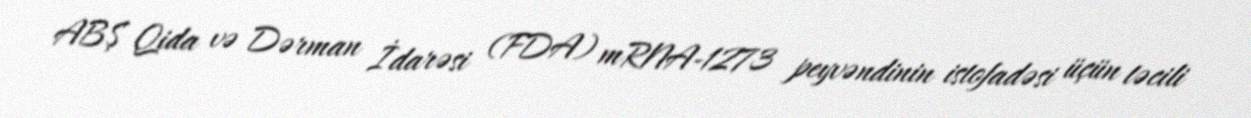
ABŞ Qida və Dərman İdarəsi (FDA) mRNA-1273 peyvəndinin istofadəsi üçün təcili